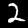
Label: 2